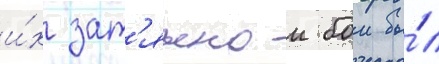
и́х зат'яжнои бои бы́л